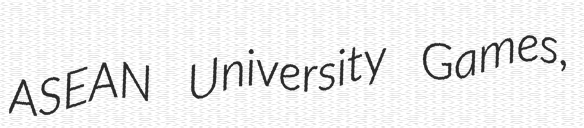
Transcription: ASEAN University Games,